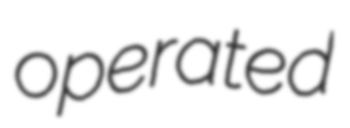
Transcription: operated